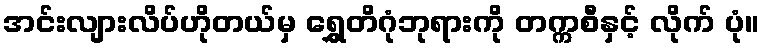
အင်းလျားလိပ်ဟိုတယ်မှ ရွှေတိဂုံဘုရားကို တက္ကစီနှင့် လိုက် ပုံ။